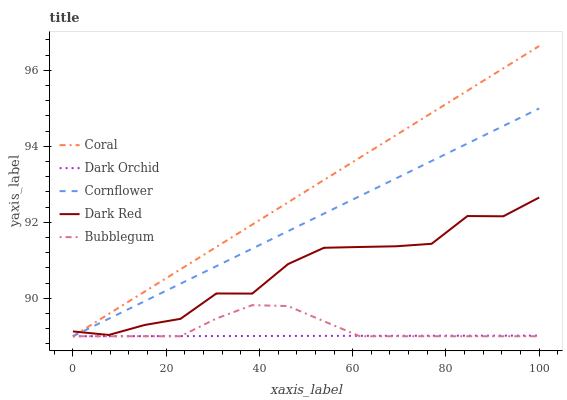
| xaxis_label | Coral | Dark Orchid | Cornflower | Dark Red | Bubblegum |
 | --- | --- | --- | --- | --- | --- |
 | 0 | 89 | 89 | 89 | 89.1 | 89 |
 | 7.69 | 89.6 | 89 | 89.5 | 89 | 89 |
 | 15.4 | 90.2 | 89 | 89.9 | 89.3 | 89 |
 | 23.1 | 90.8 | 89 | 90.4 | 89.5 | 89 |
 | 30.8 | 91.4 | 89 | 90.8 | 90.1 | 89.5 |
 | 38.5 | 91.9 | 89 | 91.3 | 90.1 | 89.8 |
 | 46.2 | 92.5 | 89 | 91.8 | 90.9 | 89.8 |
 | 53.8 | 93.1 | 89 | 92.2 | 91.3 | 89.4 |
 | 61.5 | 93.7 | 89 | 92.7 | 91.3 | 89 |
 | 69.2 | 94.3 | 89 | 93.1 | 91.4 | 89 |
 | 76.9 | 94.9 | 89 | 93.6 | 91.4 | 89 |
 | 84.6 | 95.5 | 89 | 94.1 | 92.2 | 89 |
 | 92.3 | 96.1 | 89 | 94.5 | 92.2 | 89 |
 | 100 | 96.6 | 89 | 95 | 92.7 | 89 |